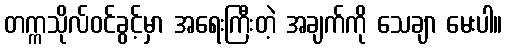
တက္ကသိုလ်ဝင်ခွင့်မှာ အရေးကြီးတဲ့ အချက်ကို သေချာ မေးပါ။